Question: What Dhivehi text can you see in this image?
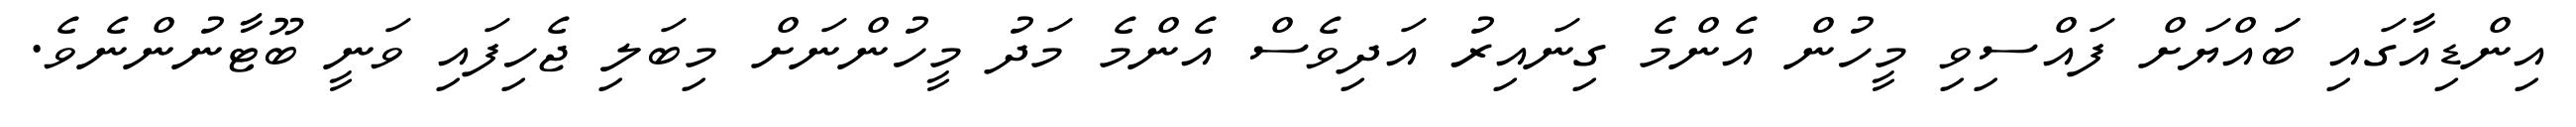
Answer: އިންޑިއާގައި ބަައްޔަށް ފައްސިވި މީހުން އެންމެ ގިނައިރު އަދިވެސް އެންމެ މަދު މީހުންނަށް މިބަލި ޖެހިފައި ވަނީ ބޫޓާނުންނެވެ.